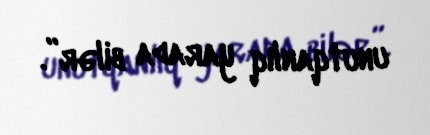
unutqanlıq yarada bilər”.